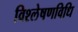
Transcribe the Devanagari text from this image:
विश्लेषणविधि